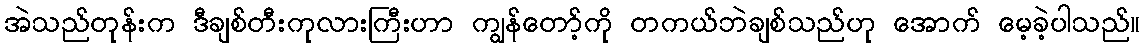
အဲသည်တုန်းက ဒီချစ်တီးကုလားကြီးဟာ ကျွန်တော့်ကို တကယ်ဘဲချစ်သည်ဟု အောက် မေ့ခဲ့ပါသည်။